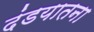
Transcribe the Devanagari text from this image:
दंडयातना